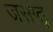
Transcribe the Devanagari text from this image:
जसग्तू